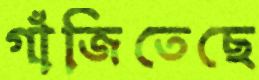
গাঁজিতেছে